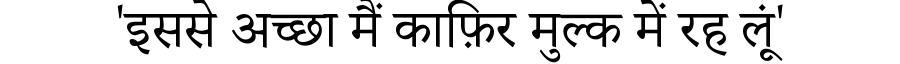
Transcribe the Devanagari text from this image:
'इससे अच्छा मैं काफ़िर मुल्क में रह लूं'